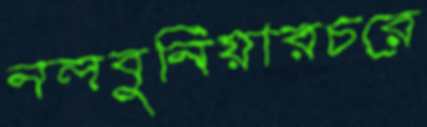
নলবুনিয়ারচরে